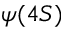
\psi ( 4 S )